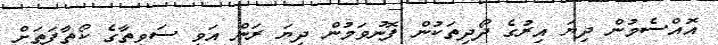
އޮއްސެމުން ދިޔަ އިރުގެ ދޯދިތަކުން ފޮނުވަމުން ދިޔަ ރަން އަވި ސަވީތާގެ ކޯތާފަތަށް